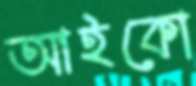
আইকো